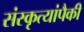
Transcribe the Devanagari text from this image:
संस्कृत्यांपैकी